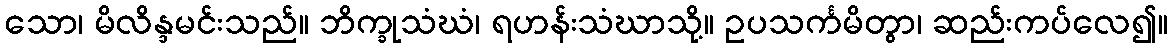
သော၊ မိလိန္ဒမင်းသည်။ ဘိက္ခုသံဃံ၊ ရဟန်းသံဃာသို့။ ဥပသင်္ကမိတွာ၊ ဆည်းကပ်လေ၍။